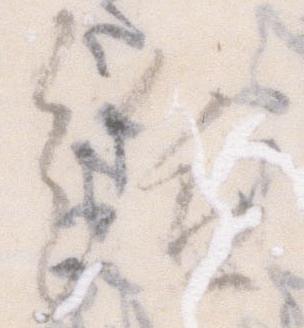
給